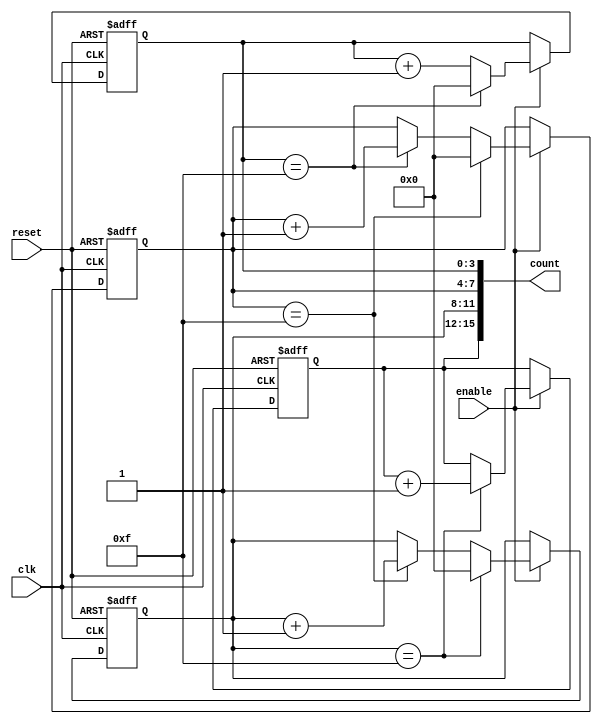
module cascaded_counter #(
    parameter NUM_BLOCKS = 4, // Number of memory blocks (stages)
    parameter BLOCK_SIZE = 4   // Size of each memory block (bits)
)(
    input wire clk,             // Clock input
    input wire reset,           // Asynchronous reset
    input wire enable,          // Enable signal
    output reg [(NUM_BLOCKS * BLOCK_SIZE) - 1:0] count // Current count output
);

    // Internal memory blocks (registers)
    reg [BLOCK_SIZE - 1:0] memory [0:NUM_BLOCKS - 1];

    // Carry signal for cascading
    wire [NUM_BLOCKS - 1:0] carry;

    // Initialize memory blocks on reset
    integer i;
    always @(posedge clk or posedge reset) begin
        if (reset) begin
            for (i = 0; i < NUM_BLOCKS; i = i + 1) begin
                memory[i] <= 0;
            end
        end else if (enable) begin
            // Increment the least significant block
            memory[0] <= memory[0] + 1;

            // Handle carry propagation
            for (i = 0; i < NUM_BLOCKS - 1; i = i + 1) begin
                if (memory[i] == {BLOCK_SIZE{1'b1}}) begin
                    memory[i] <= 0; // Reset current block
                    memory[i + 1] <= memory[i + 1] + 1; // Increment next block
                end
            end
        end
    end

    // Concatenate memory blocks to form the count output
    always @(*) begin
        count = {memory[NUM_BLOCKS-1], memory[NUM_BLOCKS-2], memory[NUM_BLOCKS-3], memory[NUM_BLOCKS-4]};
    end

endmodule